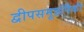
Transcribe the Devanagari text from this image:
द्वीपसमूहांपैकी